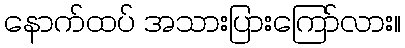
နောက်ထပ် အသားပြားကြော်လား။